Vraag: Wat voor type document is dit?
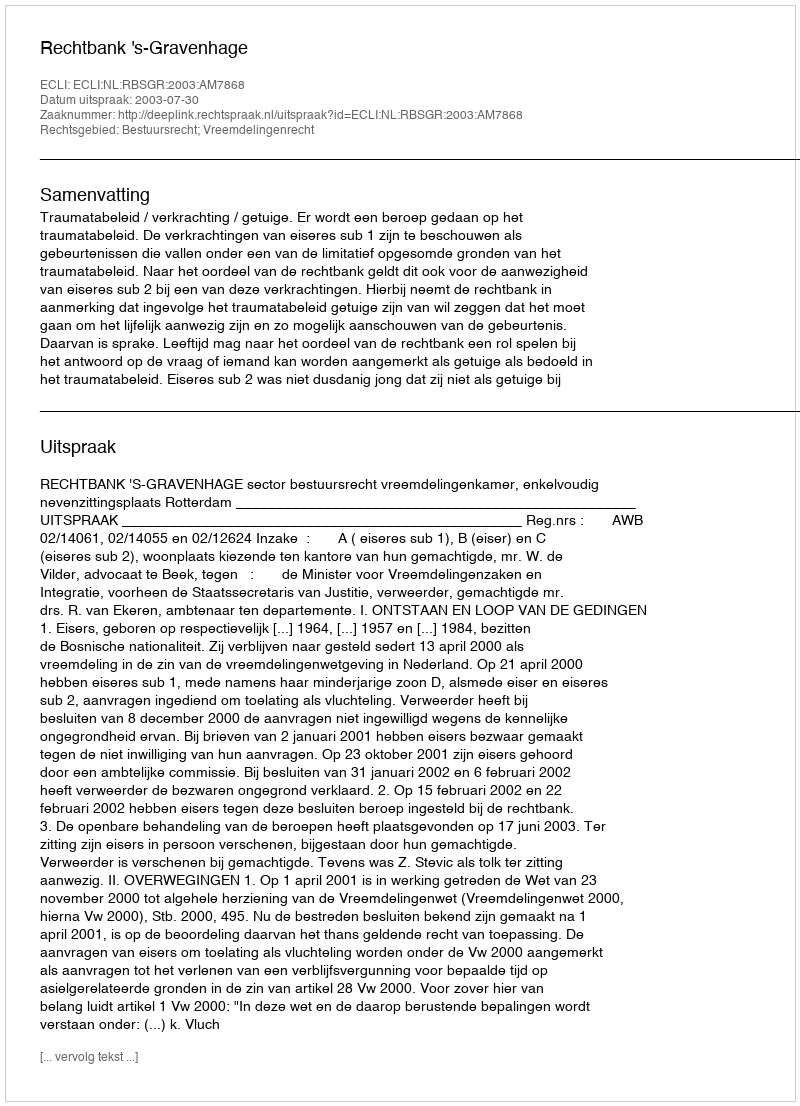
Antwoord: Uitspraak